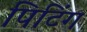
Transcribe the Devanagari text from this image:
पिटिंग